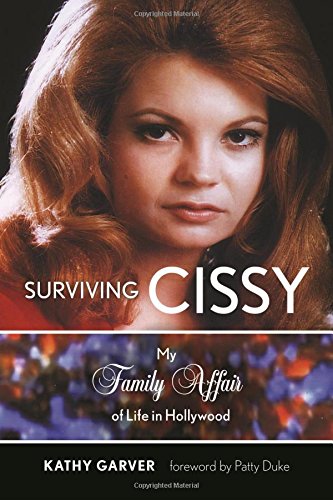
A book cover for Surviving Cissy: My Family Affair of Life in Hollywood; Kathy Garver ; Humor & Entertainment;